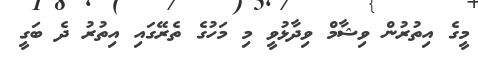
މީގެ އިތުރުން ވިޝާމް ވިދާޅުވީ މި މަހުގެ ތެރޭގައި އިތުރު ދެ ބަގީ